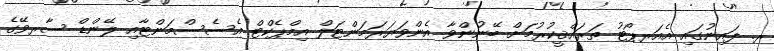
ރ. ފައިނުގައި އެއަރޕޯޓު ތަރައްޤީކުރުމަށް ބޭނުންވާ އެންވަޔަރަމަންޓަލް އިމްޕެކްޓް އެސެސްމަންޓާއި ލޭންޑް ސާރވޭގެ